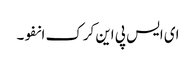
ای ایس پی این کرک انفو۔